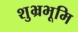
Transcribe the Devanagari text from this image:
शुभ्रभूमि